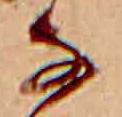
な